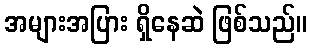
အများအပြား ရှိနေဆဲ ဖြစ်သည်။